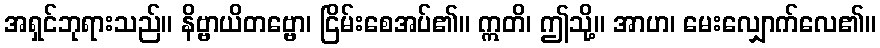
အရှင်ဘုရားသည်။ နိဗ္ဗာယိတဗ္ဗော၊ ငြိမ်းစေအပ်၏။ ဣတိ၊ ဤသို့။ အာဟ၊ မေးလျှောက်လေ၏။